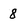
Character: 8